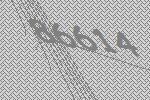
86614